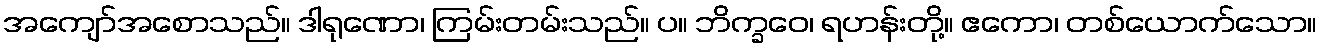
အကျော်အစောသည်။ ဒါရုဏော၊ ကြမ်းတမ်းသည်။ ပ။ ဘိက္ခဝေ၊ ရဟန်းတို့။ ဧကော၊ တစ်ယောက်သော။